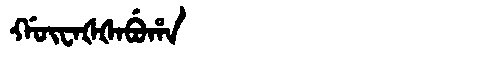
Manchu: ᡤᡡᠸᠠᡧᡧᠠᠪᡠᡥᠠ
Romanization: GŪWAŠŠABUHA